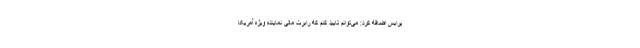
پرایس اضافه کرد: می‌توانم تایید کنم که رابرت مالی نماینده ویژه آمریکا